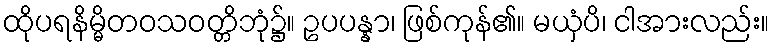
ထိုပရနိမ္မိတဝသဝတ္တိဘုံ၌။ ဥပပန္နာ၊ ဖြစ်ကုန်၏။ မယှံပိ၊ ငါအားလည်း။